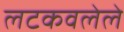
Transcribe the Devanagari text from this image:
लटकवलेले